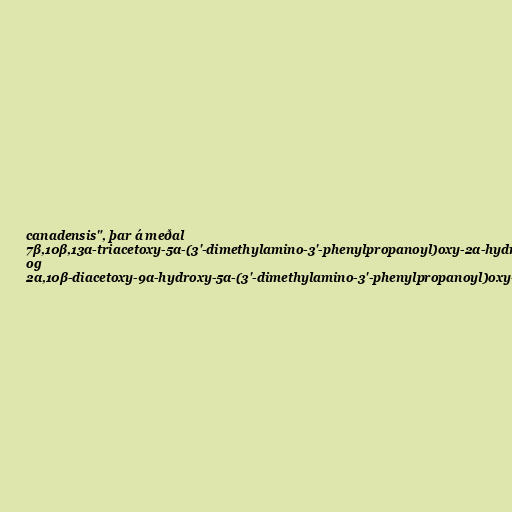
canadensis", þar á meðal
7β,10β,13α-triacetoxy-5α-(3'-dimethylamino-3'-phenylpropanoyl)oxy-2α-hydroxy-2(3→20)abeotaxa-4(20),11-dien-9-one
og
2α,10β-diacetoxy-9α-hydroxy-5α-(3'-dimethylamino-3'-phenylpropanoyl)oxy-3,11-cyclotax-4(20)-en-13-one.